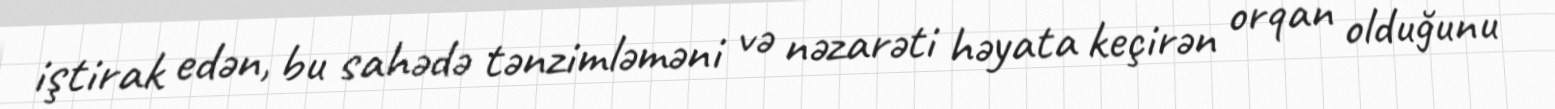
iştirak edən, bu sahədə tənzimləməni və nəzarəti həyata keçirən orqan olduğunu